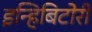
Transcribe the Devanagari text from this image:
इन्हिबिटोरी